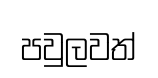
පවුලවත්